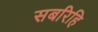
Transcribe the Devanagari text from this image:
सबरिहि